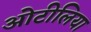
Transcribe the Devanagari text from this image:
ओटीलिया